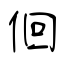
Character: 佪